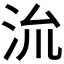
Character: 𭰈